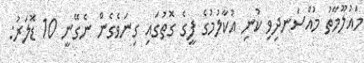
މައުލޫމާތު މުއްސަނދިވި ކުނި އުކާލުމުގެ ފީގެ ގޮތުގައި ގިނަވެގެން ނެގޭނީ 10 ޑޮލަރު: